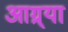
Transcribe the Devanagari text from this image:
आग्र्या